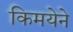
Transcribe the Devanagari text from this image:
किमयेने